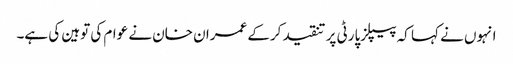
انہوں نے کہا کہ پیپلزپارٹی پر تنقید کرکے عمران خان نے عوام کی توہین کی ہے۔